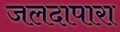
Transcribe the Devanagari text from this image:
जलदापारा